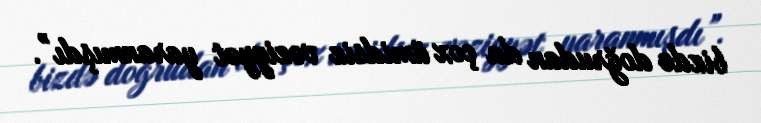
bizdə doğrudan da çox ümidsiz vəziyyət yaranmışdı”.